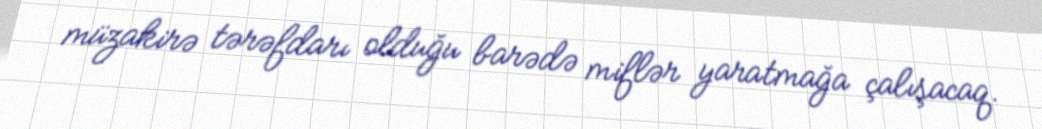
müzakirə tərəfdarı olduğu barədə miflər yaratmağa çalışacaq.